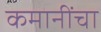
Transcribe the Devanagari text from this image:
कमानींचा